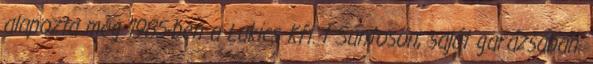
alapozta meg 1985-ben a Lakics Kft.-t Sántoson, saját garázsában.